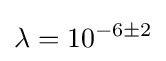
\lambda =10^{-6\pm 2}